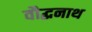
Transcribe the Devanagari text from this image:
वौद्धनाथ